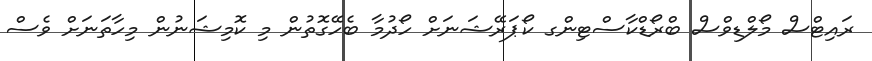
ރައިޓްސް މޯލްޑިވްސް ބްރޯޑްކާސްޓިންގ ކޯޕަރޭޝަނަށް ހޯދުމާ ބެހޭގޮތުން މި ކޮމިޝަނުން މިހާތަނަށް ވެސް